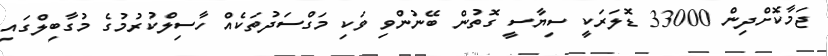
ޖަމާކޮށްދިން 33000 ޑޮލަރަކީ ސިޔާސީ ގޮތުން ބޭނުންވި ވަކި މަގްސަދުތަކެއް ހާސިލްކުރުމުގެ މުގާބިލްގައި